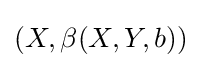
(X,\beta (X,Y,b))